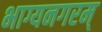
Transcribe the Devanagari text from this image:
भाग्यनगरम्